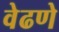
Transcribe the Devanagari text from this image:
वेढणे